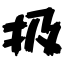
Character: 扱